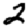
Digit: 2